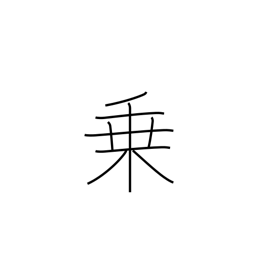
Meaning: power